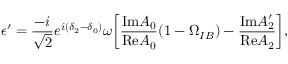
\epsilon ^ { \prime } = \frac { - i } { \sqrt { 2 } } e ^ { i ( \delta _ { 2 } - \delta _ { 0 } ) } \omega \biggl [ \frac { \mathrm { I m } A _ { 0 } } { \mathrm { R e } A _ { 0 } } ( 1 - \Omega _ { I B } ) - \frac { \mathrm { I m } A _ { 2 } ^ { \prime } } { \mathrm { R e } A _ { 2 } } \biggr ] ,